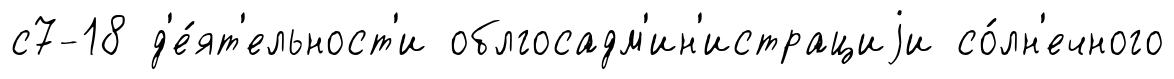
с7-18 д'е́ят'ельност'и облгосадм'ин'истрациjи со́лн'ечного